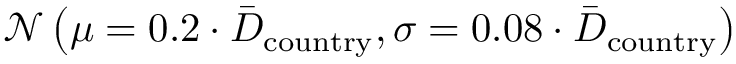
\mathcal { N } \left( \mu = 0 . 2 \cdot \bar { D } _ { \mathrm { c o u n t r y } } , \sigma = 0 . 0 8 \cdot \bar { D } _ { \mathrm { c o u n t r y } } \right)